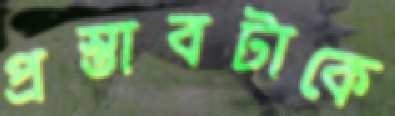
প্রস্তাবটাকে